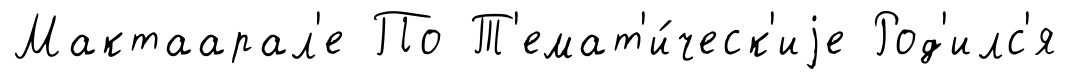
Мактаарал'е По Т'емат'и́ческ'иjе Род'илс'я